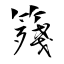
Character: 䉔